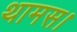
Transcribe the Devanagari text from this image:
थामस।